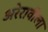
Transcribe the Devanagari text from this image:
अरेरावीला